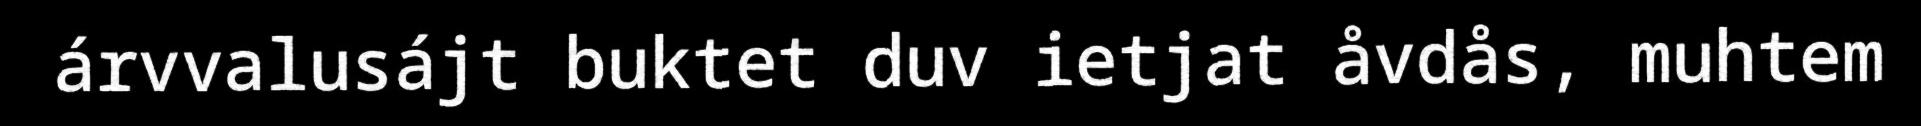
árvvalusájt buktet duv ietjat åvdås, muhtem